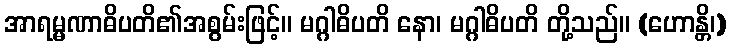
အာရမ္မဏာဓိပတိ၏အစွမ်းဖြင့်။ မဂ္ဂါဓိပတိ နော၊ မဂ္ဂါဓိပတိ တို့သည်။ (ဟောန္တိ၊)